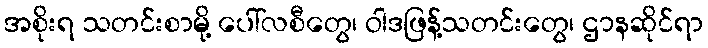
အစိုးရ သတင်းစာမို့ ပေါ်လစီတွေ၊ ဝါဒဖြန့်သတင်းတွေ၊ ဌာနဆိုင်ရာ